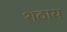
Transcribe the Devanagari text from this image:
शठाय